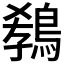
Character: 𪁡